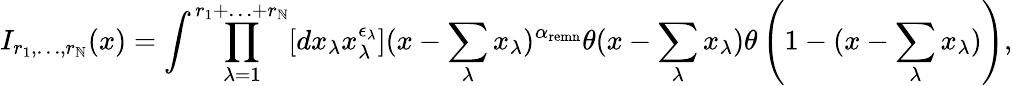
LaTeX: I_{r_{1},\ldots,r_{\mathbb{N}}}(x)=\int\prod_{\lambda=1}^{r_{1}+\ldots+r_{\mathbb{N}}}[dx_{\lambda}x_{\lambda}^{\epsilon_{\lambda}}](x-\sum_{\lambda}x_{\lambda})^{\alpha_{\mathrm{{remn}}}}\theta(x-\sum_{\lambda}x_{\lambda})\theta\left(1-(x-\sum_{\lambda}x_{\lambda})\right),